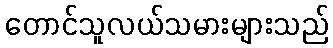
တောင်သူလယ်သမားများသည်